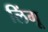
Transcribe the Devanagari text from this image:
लिंगू